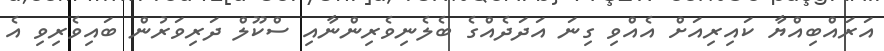
އަރައްބިއްޔާ ކައިރިއަށް އެއްވި ގިނަ އަދަދެއްގެ ބެލެނިވެރިންނާއި ސްކޫލް ދަރިވަރުން ބައިވެރިވި އެ